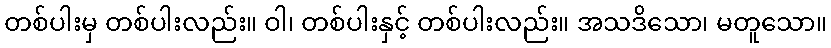
တစ်ပါးမှ တစ်ပါးလည်း။ ဝါ၊ တစ်ပါးနှင့် တစ်ပါးလည်း။ အသဒိသော၊ မတူသော။